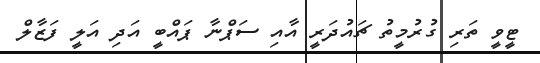
ޓީވީ ތަރި ގުރުމީތު ޗައުދަރީ އާއި ސަޕްނާ ޕައްބީ އަދި އަލީ ފަޒާލް